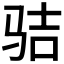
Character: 𩧵